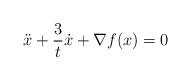
LaTeX: \begin{align*} \ddot{x} + \frac{3}{t} \dot{x} + \nabla f(x) = 0 \end{align*}